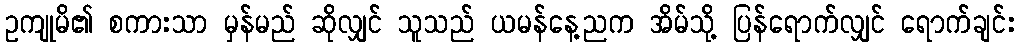
ဥကျုမိ၏ စကားသာ မှန်မည် ဆိုလျှင် သူသည် ယမန်နေ့ညက အိမ်သို့ ပြန်ရောက်လျှင် ရောက်ချင်း